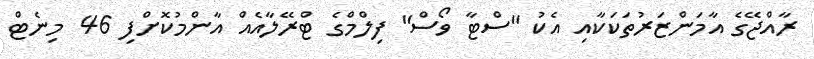
ރާއްޖޭގެ އާމަންޒަރުތަކަކާއި އެކު "ސްޓާ ވޯސް" ފިލްމްގެ ޓްރޭލާއެއް އާންމުކޮށްފި 46 މިނެޓް